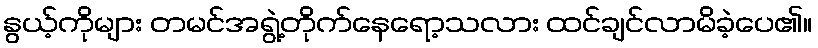
နွယ့်ကိုများ တမင်အရွဲ့တိုက်နေရော့သလား ထင်ချင်လာမိခဲ့ပေ၏။